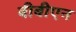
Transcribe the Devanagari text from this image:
बीबीएन